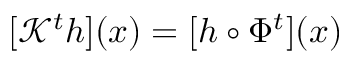
[ \mathcal { K } ^ { t } h ] ( x ) = [ h \circ \Phi ^ { t } ] ( x )